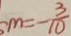
m = - \frac { 3 } { 1 0 }